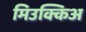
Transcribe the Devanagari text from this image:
मिउक्किअ